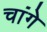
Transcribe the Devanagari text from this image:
चांगे